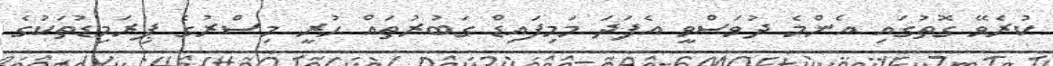
ކުރެވޭ ގޮތުގައި އެންމެ ދުވަސްވީ އެފަދަ މަމިފައިޑް ގަބުރުތައް ހުރީ މިސްރުގެ ޕިރަމިޑުތަކުގެ